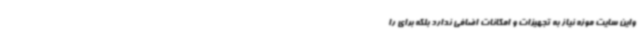
واین سایت موزه نیاز به تجهیزات و امکانات اضافی ندارد بلکه برای را